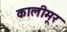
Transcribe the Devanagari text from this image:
कालीमूर